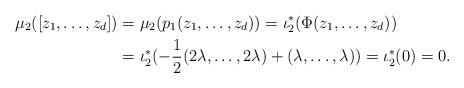
LaTeX: \begin{align*}\mu_2([z_1,\ldots,z_{d}])&=\mu_2(p_1(z_1,\ldots,z_{d}))=\iota_2^{\ast}(\Phi(z_1,\ldots,z_{d}))\\&=\iota_2^{\ast}(-\frac{1}{2}(2\lambda,\ldots,2\lambda)+(\lambda,\ldots,\lambda))=\iota_2^{\ast}(0)=0.\end{align*}